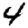
Digit: 4